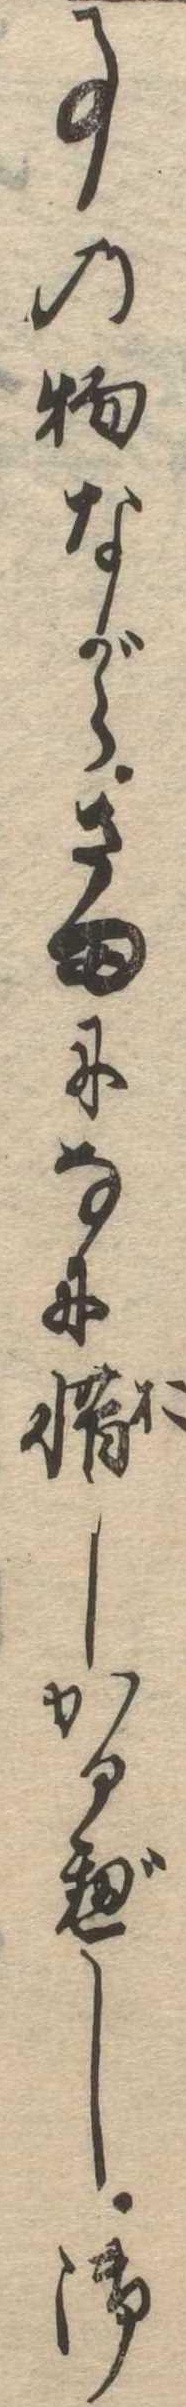
事の物ながらさまになに惜しかるべし御